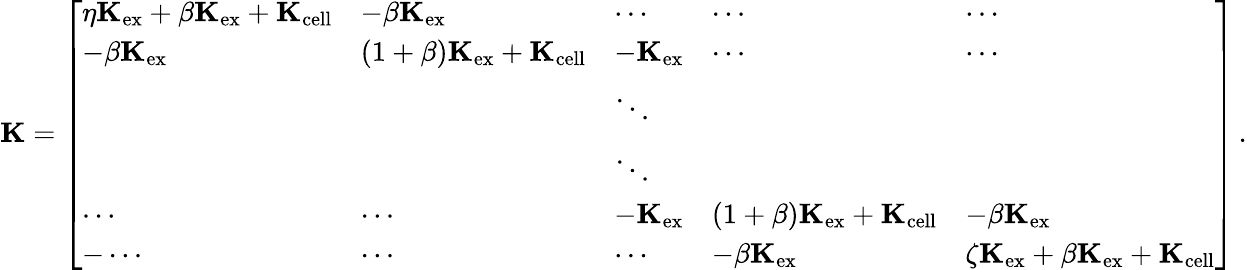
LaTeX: \mathbf{K}=\left[\begin{array}{lllll}{\eta\mathbf{K}_{\mathrm{ex}}+\beta\mathbf{K}_{\mathrm{ex}}+\mathbf{K}_{\mathrm{cell}}}&{-\beta\mathbf{K}_{\mathrm{ex}}}&{\cdots}&{\cdots}&{\cdots}\\ {-\beta\mathbf{K}_{\mathrm{ex}}}&{(1+\beta)\mathbf{K}_{\mathrm{ex}}+\mathbf{K}_{\mathrm{cell}}}&{-\mathbf{K}_{\mathrm{ex}}}&{\cdots}&{\cdots}\\ &&{\ddots}&&\\ &&{\ddots}&&\\ {\cdots}&{\cdots}&{-\mathbf{K}_{\mathrm{ex}}}&{(1+\beta)\mathbf{K}_{\mathrm{ex}}+\mathbf{K}_{\mathrm{cell}}}&{-\beta\mathbf{K}_{\mathrm{ex}}}\\ {-\cdots}&{\cdots}&{\cdots}&{-\beta\mathbf{K}_{\mathrm{ex}}}&{\zeta\mathbf{K}_{\mathrm{ex}}+\beta\mathbf{K}_{\mathrm{ex}}+\mathbf{K}_{\mathrm{cell}}}\end{array}\right]\, .